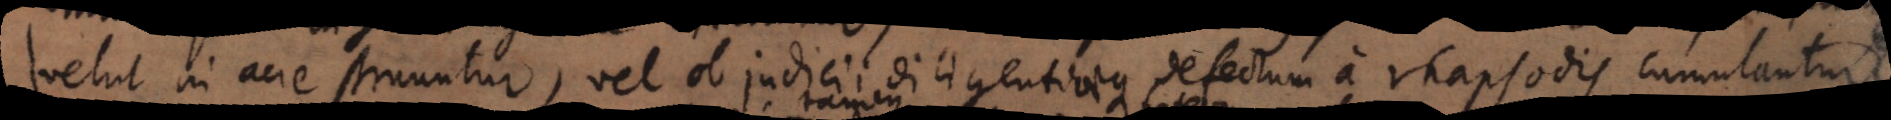
velut in acie struuntur, vel ob judicii diligentiaeque defectum a rhapsodis cumulantur